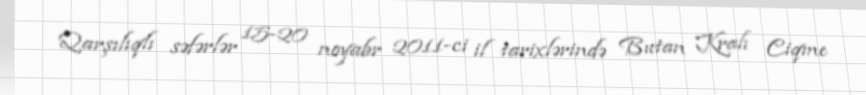
Qarşılıqlı səfərlər 15-20 noyabr 2011-ci il tarixlərində Butan Kralı Ciqme